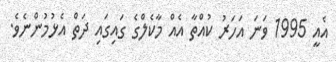
އެއީ 1995 ވަނަ އަހަރު ކުއްތާ އެއް މާކެލްގެ ގައިގައި ދަތް އެޅުމުންނެވެ.